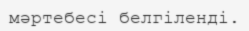
мәртебесі белгіленді.